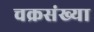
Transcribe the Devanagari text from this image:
चक्रसंख्या